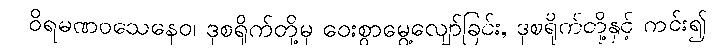
ဝိရမဏဝသေနေဝ၊ ဒုစရိုက်တို့မှ ဝေးစွာမွေ့လျော်ခြင်း, ဒုစရိုက်တို့နှင့် ကင်း၍